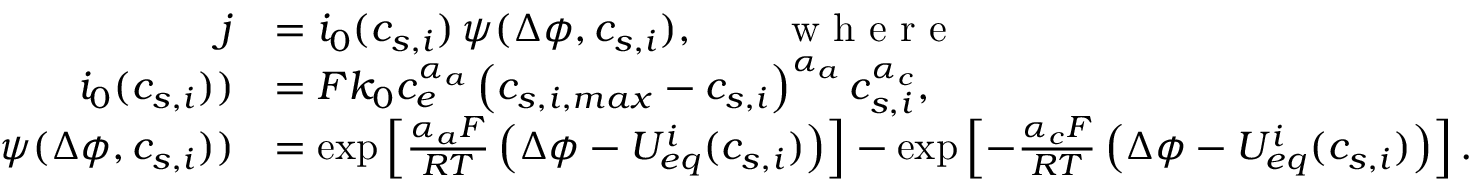
\begin{array} { r l } { j } & { = i _ { 0 } ( c _ { s , i } ) \, \psi ( \Delta \phi , c _ { s , i } ) , \qquad \textrm { w h e r e } } \\ { i _ { 0 } ( c _ { s , i } ) ) } & { = F k _ { 0 } c _ { e } ^ { \alpha _ { a } } \left( c _ { s , i , m a x } - c _ { s , i } \right) ^ { \alpha _ { a } } c _ { s , i } ^ { \alpha _ { c } } , } \\ { \psi ( \Delta \phi , c _ { s , i } ) ) } & { = \exp \left[ \frac { \alpha _ { a } F } { R T } \left( \Delta \phi - { U _ { e q } ^ { i } } ( c _ { s , i } ) \right) \right] - \exp \left[ - \frac { \alpha _ { c } F } { R T } \left( \Delta \phi - { U _ { e q } ^ { i } } ( c _ { s , i } ) \right) \right] . } \end{array}